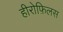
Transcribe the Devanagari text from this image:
हीरोफ़िलस